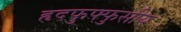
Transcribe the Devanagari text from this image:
हृदफुफ्फुसीय